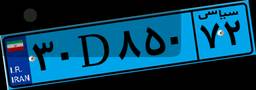
۳۰D۸۵۰۷۲